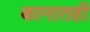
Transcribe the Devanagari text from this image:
कानातही